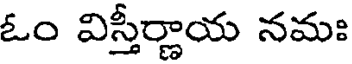
ఓం విస్తీర్ణాయ నమః